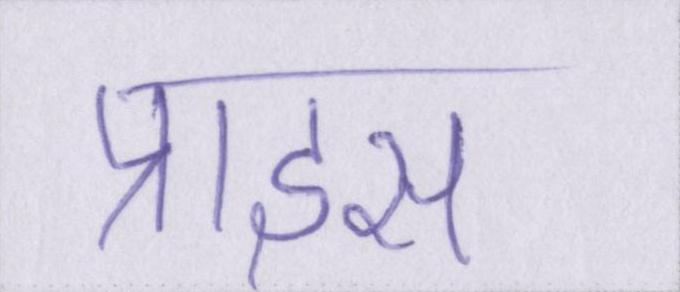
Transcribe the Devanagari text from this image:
प्राइस